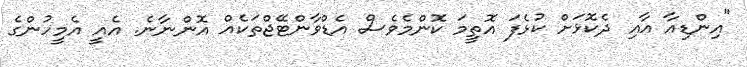
"އިންޑިއާ އާއި ދެކޮޅަށް ކުޅެފަ އޮތީމަ ކޮންމެވެސް އެޑްވާންޓޭޖްތަކެއް އޮންނާނެ. އެއީ އެމީހުންގެ